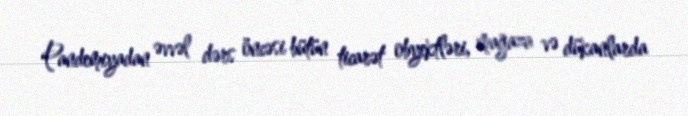
Pandemiyadan əvvəl dərs öncəsi bütün ticarət obyektləri, mağaza və dükanlarda